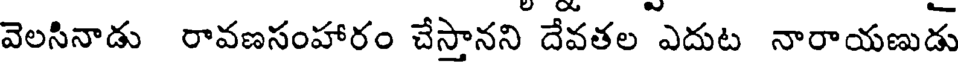
వెలసినాడు రావణసంహారం చేస్తానని దేవతల ఎదుట నారాయణుడు